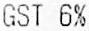
GST 6%